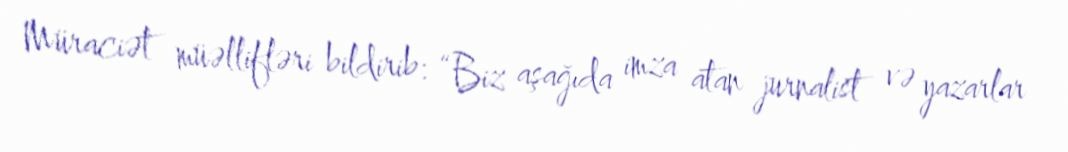
Müraciət müəllifləri bildirib: “Biz aşağıda imza atan jurnalist və yazarlar